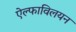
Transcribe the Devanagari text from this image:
ऐल्फाविलयन